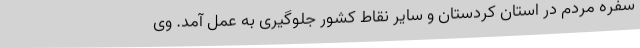
سفره مردم در استان کردستان و سایر نقاط کشور جلوگیری به عمل آمد. وی